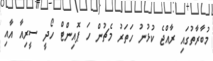
މުބާރާތުގައި ރާއްޖެ ކުޅުނު ހަތަރު މެޗުން ހަ ޕޮއިންޓް ހޯދީ ސީރިއާ އާއި